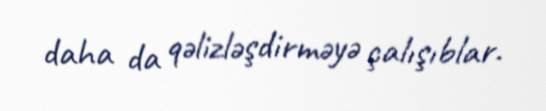
daha da qəlizləşdirməyə çalışıblar.